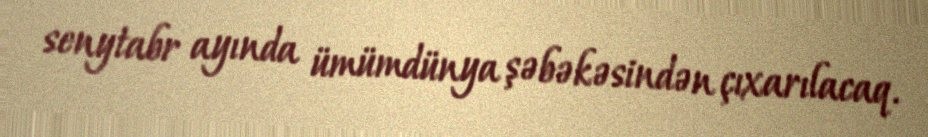
senytabr ayında ümümdünya şəbəkəsindən çıxarılacaq.